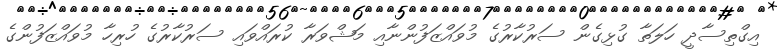
އިގްތިސާދީ ހަލަތާ ގުޅިގެން ސަރުކާރުގެ މުވައްޒަފުންނާއި މަޝްވަރާ ކުރައްވައި ސަރުކާރުގެ ހުރިހާ މުވައްޒަފުންގެ